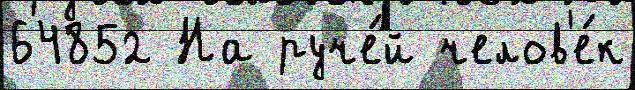
64852 На руче́й челов'е́к